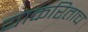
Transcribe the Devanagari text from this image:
याकरिताच